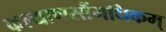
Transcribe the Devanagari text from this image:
कल्याणसौंगधिकम्